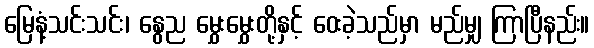
မြေနံ့သင်းသင်း၊ နွေည မွှေးမွှေးတို့နှင့် ဝေးခဲ့သည်မှာ မည်မျှ ကြာပြီနည်း။